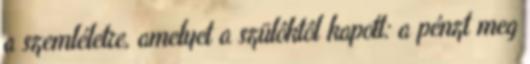
a szemléletre, amelyet a szülôktôl kapott: a pénzt meg